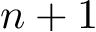
n + 1